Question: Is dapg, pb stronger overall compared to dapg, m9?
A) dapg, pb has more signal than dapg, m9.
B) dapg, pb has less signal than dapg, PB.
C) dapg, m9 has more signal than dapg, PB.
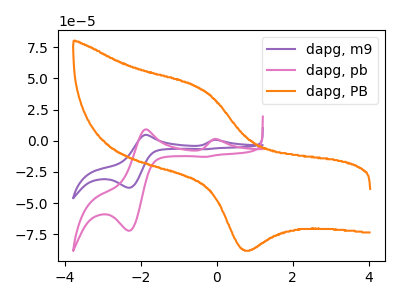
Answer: <think>The purple curve "dapg, m9" has anodic peaks at (0.00V, 0.70uA) (-1.85V, 4.75uA) and cathodic peaks at (-2.30V, -37.65uA) (-0.30V, -6.75uA). The pink curve "dapg, pb" has anodic peaks at (0.00V, 1.40uA) (-1.85V, 9.15uA) and cathodic peaks at (-2.30V, -72.15uA) (-0.30V, -12.90uA). The orange curve "dapg, PB" has an anodic peak at (-0.35V, 40.45uA) and a cathodic peak at (0.70V, -87.50uA).
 All the peaks in "dapg, pb" have a peak in "dapg, m9" at the same potential. Every peak in "dapg, pb" is higher than every peak in "dapg, m9".</think>
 <answer>A) "dapg, pb" has more signal than "dapg, m9".</answer>
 <eval>A</eval>